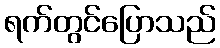
ရက်တွင်ပြောသည်